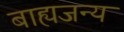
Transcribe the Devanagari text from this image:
बाह्यजन्य